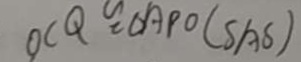
O C Q \cong \Delta A P O ( S A S )